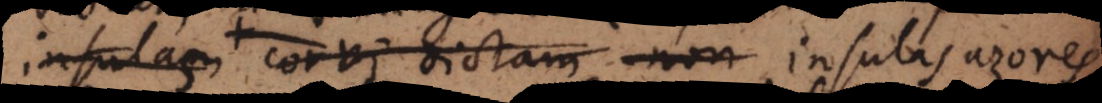
insulam Corvi dictam non insulas Canaria